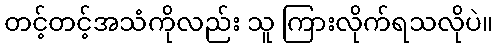
တင့်တင့်အသံကိုလည်း သူ ကြားလိုက်ရသလိုပဲ။